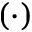
( \cdot )